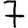
Digit: 7